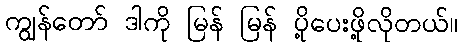
ကျွန်တော် ဒါကို မြန် မြန် ပို့ပေးဖို့လိုတယ်။